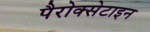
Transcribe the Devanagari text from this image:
पैरोक्सेटाइन